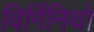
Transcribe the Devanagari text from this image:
विर्गिनियो